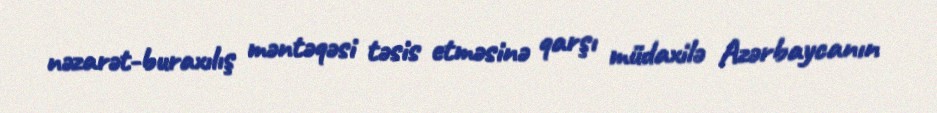
nəzarət-buraxılış məntəqəsi təsis etməsinə qarşı müdaxilə Azərbaycanın